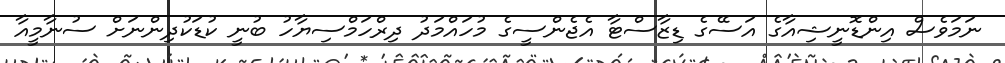
ނަމަވެސް އިންޑޮނީޝިއާގެ އަސޭގެ ޑިޒާސްޓާ އެޖެންސީގެ މުހައްމަދު ދިރްހަމްސިޔާހު ބުނީ ކުޑަކުދިންނަށް ސުނާމީއާ